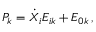
{ \cal P } _ { k } = \dot { X } _ { i } E _ { i k } + E _ { 0 k } \, ,